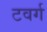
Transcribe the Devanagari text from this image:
टवर्ग